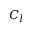
C _ { l }